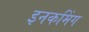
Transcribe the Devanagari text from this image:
इनकमिंग